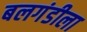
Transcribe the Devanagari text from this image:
बलगंडीला